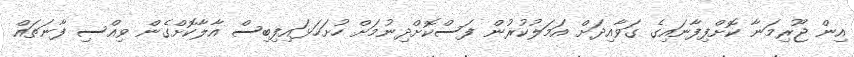
އިން ޖޫރިމަނާ ކޮށްފިފާނައިގެ ގަވާއިދަށް އަމަލުކުރުން ފަސްކޮށްދިނުމަށް ހުށަހަޅައިފިބިސް އާލާކޮށްގެން ވިއްސި ފާނަތައް